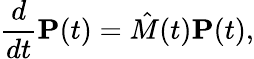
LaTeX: \frac{d}{dt}\mathbf{P}(t)=\hat{M}(t)\mathbf{P}(t),